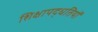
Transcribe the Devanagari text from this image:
शिक्षापद्धतियों